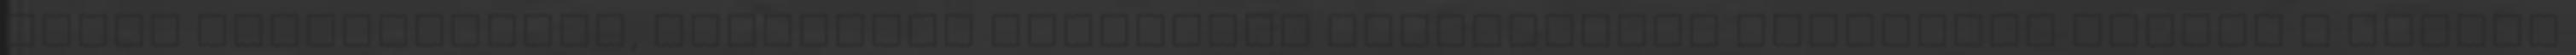
által kifejlesztve, hivatásos sportolók ajánlásával Technikai adatok A csomag